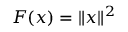
F ( x ) = \| x \| ^ { 2 }